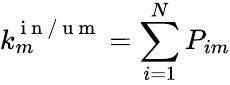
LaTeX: k_{m}^{\mathrm{~i~n~/~u~m~}}=\sum_{i=1}^{N}P_{im}